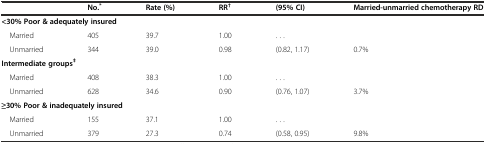
<table><thead><tr><td></td><td><b>No.<sup>*</sup></b></td><td><b>Rate (%)</b></td><td><b>RR<sup>†</sup></b></td><td><b>(95% CI)</b></td><td><b>Married-unmarried chemotherapy RD</b></td></tr></thead><tbody><tr><td colspan="6"><b>&lt;30% Poor &amp; adequately insured</b></td></tr><tr><td> Married</td><td>405</td><td>39.7</td><td>1.00</td><td>. . .</td><td></td></tr><tr><td> Unmarried</td><td>344</td><td>39.0</td><td>0.98</td><td>(0.82, 1.17)</td><td>0.7%</td></tr><tr><td colspan="6"><b>Intermediate groups</b><sup><b>‡</b></sup></td></tr><tr><td> Married</td><td>408</td><td>38.3</td><td>1.00</td><td>. . .</td><td></td></tr><tr><td> Unmarried</td><td>628</td><td>34.6</td><td>0.90</td><td>(0.76, 1.07)</td><td>3.7%</td></tr><tr><td colspan="6"><b>≥30% Poor &amp; inadequately insured</b></td></tr><tr><td> Married</td><td>155</td><td>37.1</td><td>1.00</td><td>. . .</td><td></td></tr><tr><td> Unmarried</td><td>379</td><td>27.3</td><td>0.74</td><td>(0.58, 0.95)</td><td>9.8%</td></tr></tbody></table>